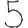
Digit: 5